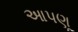
આપણૂ